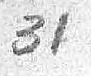
31